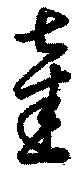
奎